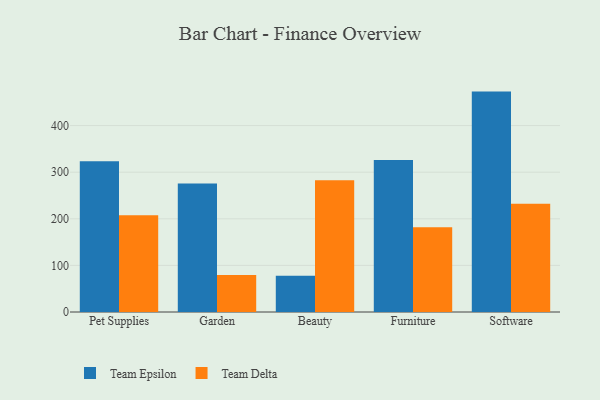
{"axis": {"x": "Category", "y": "Conversion Rate (%)"}, "legend": ["Team Delta", "Team Epsilon"], "data": [{"x": "Pet Supplies", "y": 323.7, "type": "Team Epsilon"}, {"x": "Pet Supplies", "y": 207.7, "type": "Team Delta"}, {"x": "Garden", "y": 275.6, "type": "Team Epsilon"}, {"x": "Garden", "y": 79.6, "type": "Team Delta"}, {"x": "Beauty", "y": 77.9, "type": "Team Epsilon"}, {"x": "Beauty", "y": 282.6, "type": "Team Delta"}, {"x": "Furniture", "y": 326.2, "type": "Team Epsilon"}, {"x": "Furniture", "y": 181.8, "type": "Team Delta"}, {"x": "Software", "y": 472.9, "type": "Team Epsilon"}, {"x": "Software", "y": 232.2, "type": "Team Delta"}]}